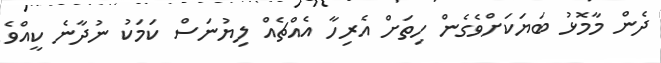
ދެން މާމޮޅު ބަޔަކަށްވެގެން ހިތަށް އެރިހާ އެއްޗެއް ލިޔުނަސް ކަމަކު ނުދާނެ ކީއްވެ